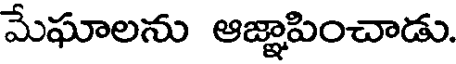
మేఘాలను ఆజ్ఞాపించాడు.